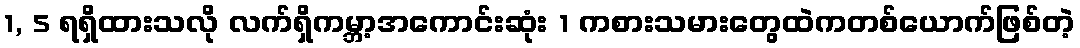
1, 5 ရရှိထားသလို လက်ရှိကမ္ဘာ့အကောင်းဆုံး 1 ကစားသမားတွေထဲကတစ်ယောက်ဖြစ်တဲ့